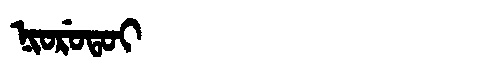
Manchu: ᠨᡳᠣᡵᡠᡨᠣᡳ
Romanization: NIORUTOI